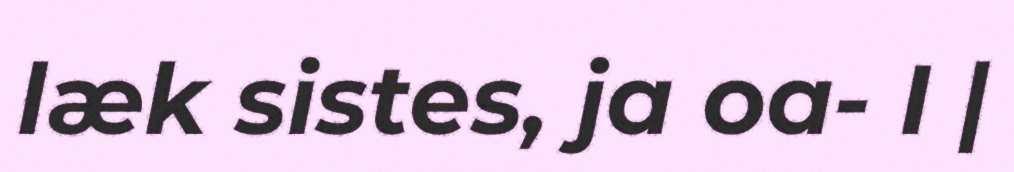
læk sistes, ja oa- I |